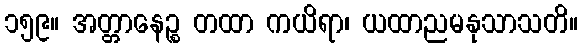
၁၅၉။ အတ္တာနေဉ္စ တထာ ကယိရာ၊ ယထာညမနုသာသတိ။